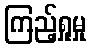
ကြည့်ရှုမှု